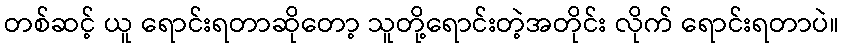
တစ်ဆင့် ယူ ရောင်းရတာဆိုတော့ သူတို့ရောင်းတဲ့အတိုင်း လိုက် ရောင်းရတာပဲ။